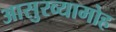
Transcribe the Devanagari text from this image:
आसुरव्यामोह